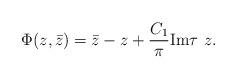
LaTeX: \begin{align*}\Phi(z,\bar{z})=\bar{z}-z+\frac{C_1}{\pi}\mbox{Im}\tau~z.\end{align*}